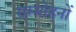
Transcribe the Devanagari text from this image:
सम्मोहनों